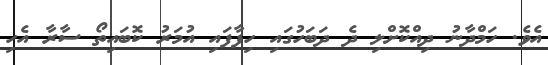
އެވެ. ހަމްދާނު ދިއްކޮށްލި ދެ ދަބަހުގައި ހިފާފައި އުމަރު ކޮބައިތޯ ސާރާ އެހި